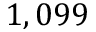
1 , 0 9 9